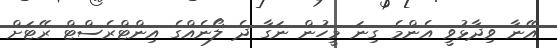
އޭނާ ވިދާޅުވީ އެންމެ ގިނަ މީހުން ނަގާ ދެ ލޯނެއްގެ އިންޓްރެސްޓް ރޭޓަށް